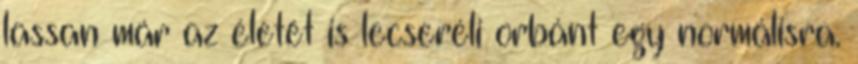
lassan már az életét is lecseréli orbánt egy normálisra.